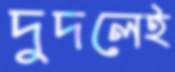
দুদলেই